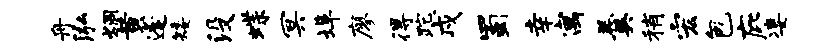
舟泓炯黄逢矮没蝶冥埠廖得跎戍蜀幸寓羹稍宏包庇凄